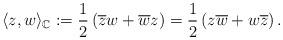
LaTeX: \begin{align*}\langle z , w \rangle_{\mathbb C}:= \frac{1}{2}\left( \overline z w + \overline w z \right)=\frac{1}{2}\left( z \overline w + w \overline z \right).\end{align*}